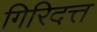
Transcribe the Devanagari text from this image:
गिरिदत्त